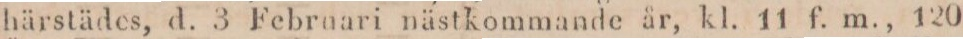
härstädes, d. 3 Februari nästkommande år, kl. 11 f. m., 120